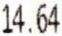
14.64